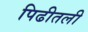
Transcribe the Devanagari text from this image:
पिढीतली